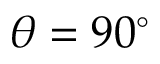
\theta = 9 0 ^ { \circ }